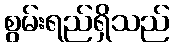
စွမ်းရည်ရှိသည်